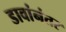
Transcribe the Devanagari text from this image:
डावांनंतर